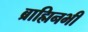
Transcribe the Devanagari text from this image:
ब्राह्मिनभी